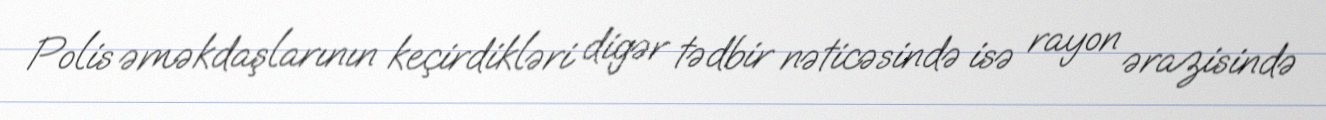
Polis əməkdaşlarının keçirdikləri digər tədbir nəticəsində isə rayon ərazisində